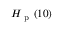
H _ { \mathrm { ~ p ~ } } ( 1 0 )